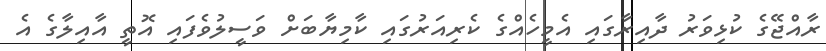
ރާއްޖޭގެ ކުޅިވަރު ދާއިރާގައި އެމީހެއްގެ ކެރިއަރުގައި ކާމިޔާބަށް ވަސީލުވެފައި އޮތީ އާއިލާގެ އެ